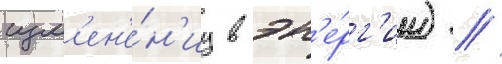
изм'ен'е́н'иу в эн'е́рг'ии) //